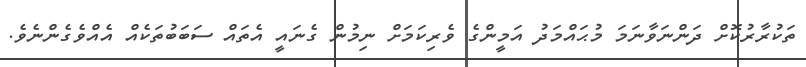
ތަކުރާރުކޮށް ދަންނަވާނަމަ މުޙައްމަދު އަމީންގެ ވެރިކަމަށް ނިމުން ގެނައީ އެތައް ސަބަބުތަކެއް އެއްވެގެންނެވެ.